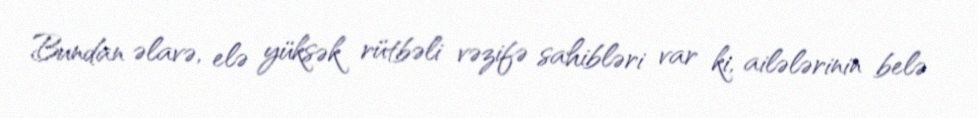
Bundan əlavə, elə yüksək rütbəli vəzifə sahibləri var ki, ailələrinin belə